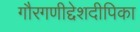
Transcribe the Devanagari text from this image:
गौरगणीद्देशदीपिका